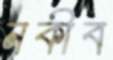
নকীব